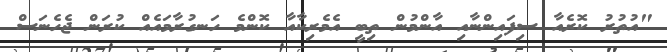
"އުތުރު ކޮރެއާ ސިފައިންނާއި އާންމުން ތިބީ އެމެރިކާއާ ކޮންމެ ހަނގުރާމައެއް ކުރަން ޖެހެނަސް